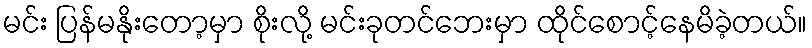
မင်း ပြန်မနိုးတော့မှာ စိုးလို့ မင်းခုတင်ဘေးမှာ ထိုင်စောင့်နေမိခဲ့တယ်။